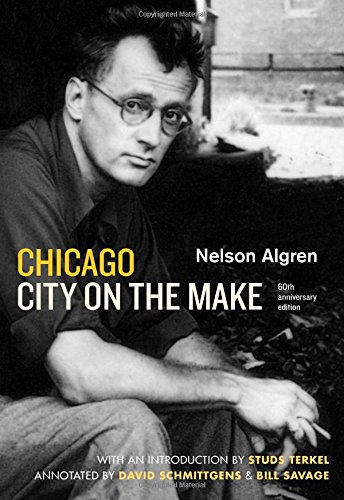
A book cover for Chicago: City on the Make: Sixtieth Anniversary Edition; Nelson Algren; Travel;